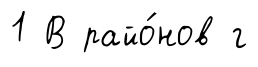
1 В райо́нов г